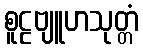
စူဠဗျူဟသုတ္တံ